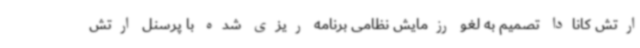
ارتش کانادا تصمیم به لغو رزمایش نظامی برنامه ریزی شده با پرسنل ارتش